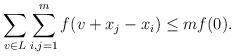
LaTeX: \begin{align*}\sum_{v \in L} \sum_{i,j=1}^m f(v + x_j - x_i) \leq m f(0).\end{align*}